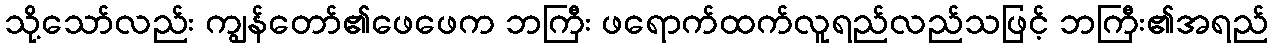
သို့သော်လည်း ကျွန်တော်၏ဖေဖေက ဘကြီး ဖရောက်ထက်လူရည်လည်သဖြင့် ဘကြီး၏အရည်